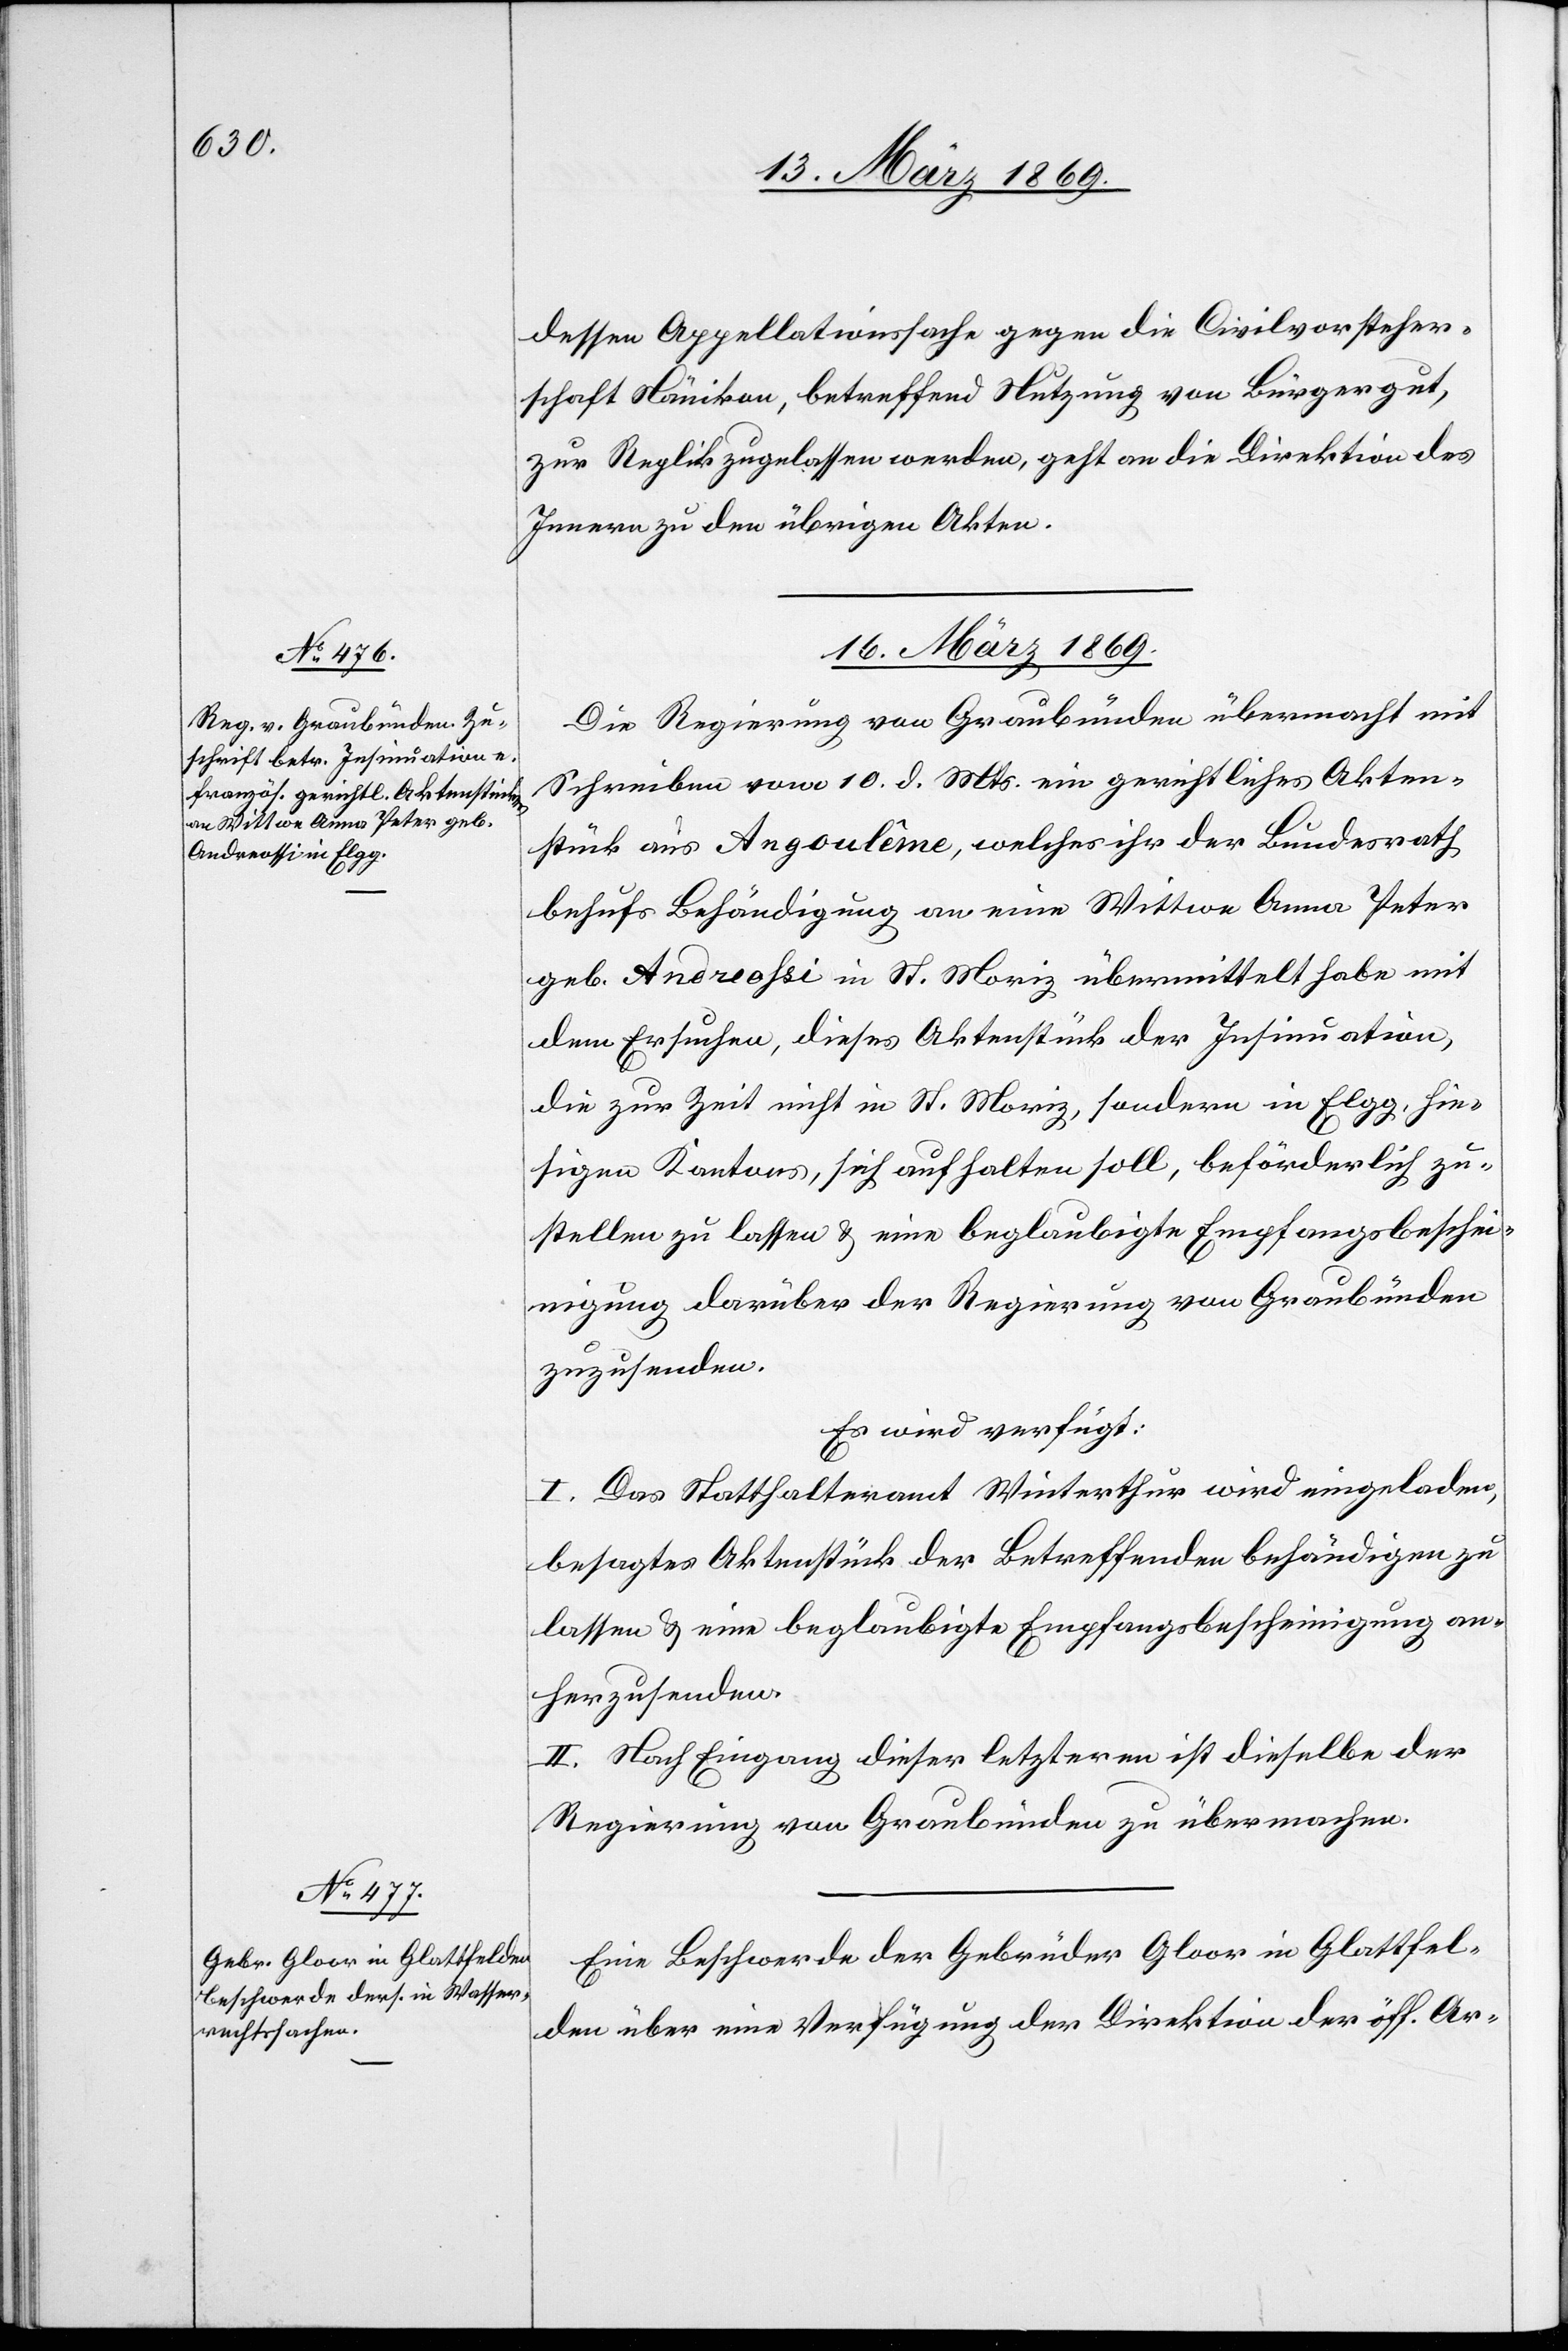
dessen Appellationssache gegen die Civilvorsteher¬
schaft Nänikon, betreffend Nutzung von Bürgergut,
zur Replik zugelassen werden, geht an die Direktion des
Innern zu den übrigen Akten.
16 März 1869.]
Die Regierung von Graubünden übermacht mit
Schreiben vom 10. d. Mts. ein gerichtliches Akten¬
stück aus Angoulême, welches ihr der Bundesrath
behufs Entschädigung an eine Wittwe Anna Peter
geb. Andreossi in St. Moriz übermittelt habe mit
dem Ersuchen, dieses Aktenstück der Insinuation,
die zur Zeit nicht in St. Moriz, sondern in Elgg, hie¬
sigen Kantons, sich aufhalten soll, beförderlich zu¬
stellen zu lassen & eine beglaubigte Empfangsbeschei¬
nigung darüber der Regierung von Graubünden
zuzusenden.
Es wird verfügt:
I. Das Statthalteramt Winterthur wird eingeladen,
besagtes Aktenstück der Betreffenden behändigen zu
lassen & eine beglaubigte Empfangsbescheinigung an¬
herzusenden.
II. Nach Eingang dieser letzteren ist dieselbe der
Regierung von Graubünden zu übermachen.
Eine Beschwerde der Gebrüder Gloor in Glattfel¬
den über eine Verfügung der Direktion der öff. Ar-